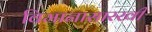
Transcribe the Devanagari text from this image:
विमानासारखी